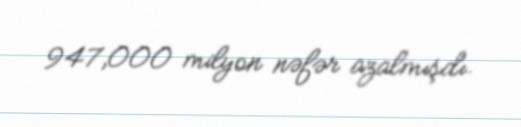
947,000 milyon nəfər azalmışdı.